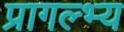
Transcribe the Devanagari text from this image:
प्रागल्भ्य